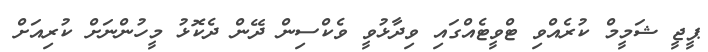
ޕީޖީ ޝަމީމް ކުރެއްވި ޓްވީޓެއްގައި ވިދާޅުވީ ވެކްސިން ދޭން ދެކޮޅު މީހުންނަށް ކުރިއަށް